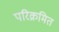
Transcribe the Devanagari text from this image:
परिक्रमित